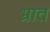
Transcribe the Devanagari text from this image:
भ्रात